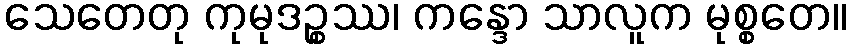
သေတေတု ကုမုဒဉ္စဿ၊ ကန္ဒော သာလူက မုစ္စတေ။